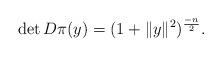
LaTeX: \begin{align*}\det D\pi(y)=(1+\|y\|^2)^{\frac{-n}2}.\end{align*}